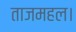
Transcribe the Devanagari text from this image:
ताजमहल।